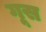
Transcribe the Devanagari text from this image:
गूस